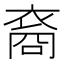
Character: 裔